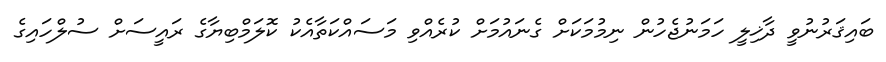
ބައިޤަރުނުވީ ދާޚިލީ ހަމަނުޖެހުން ނިމުމަކަށް ގެނައުމަށް ކުރެއްވި މަސައްކަތާއެކު ކޮލަމްބިޔާގެ ރައީސަށް ސުލްހައިގެ